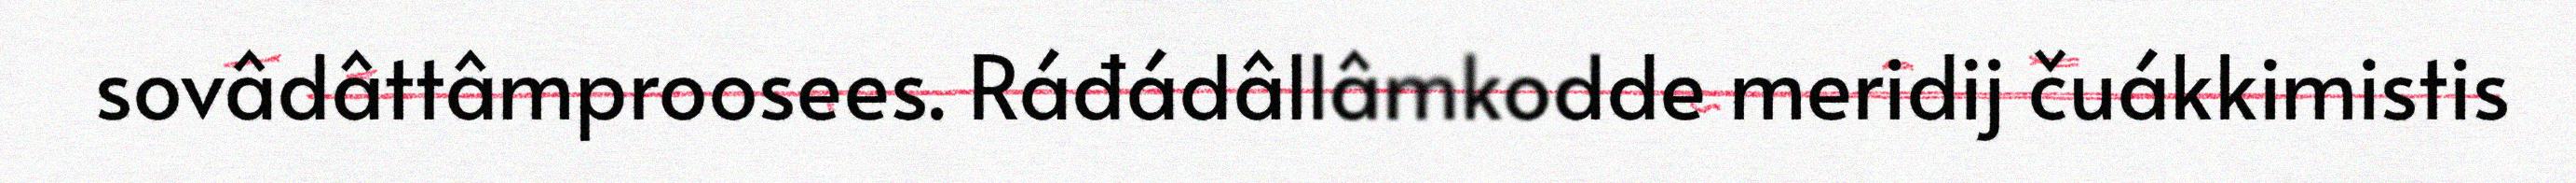
sovâdâttâmproosees. Ráđádâllâmkodde meridij čuákkimistis